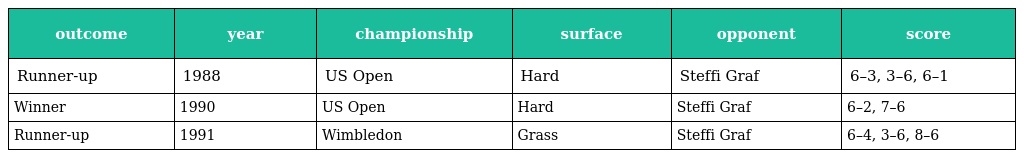
| outcome | year | championship | surface | opponent | score |
 | --- | --- | --- | --- | --- | --- |
 | Runner-up | 1988 | US Open | Hard | Steffi Graf | 6–3, 3–6, 6–1 |
 | Winner | 1990 | US Open | Hard | Steffi Graf | 6–2, 7–6 |
 | Runner-up | 1991 | Wimbledon | Grass | Steffi Graf | 6–4, 3–6, 8–6 |